Annual report of the Central Committee of the Association together with the report of the directors of the Pasteur Institute at Kasauli
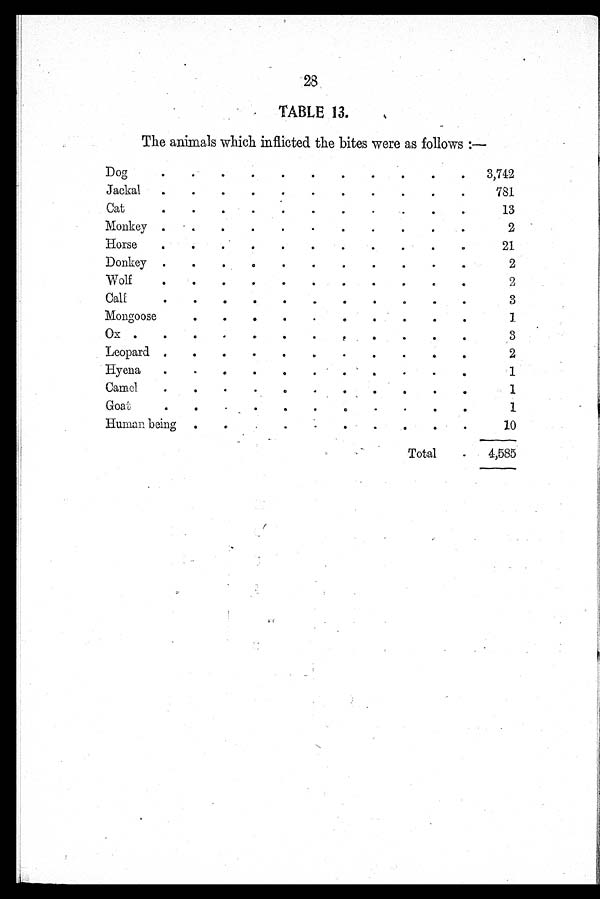
28
TABLE 13.
The animals which inflicted the bites were as follows :—
Dog
3,742
Jackal
781
Cat
13
Monkey
2
Hors e
21
Donkey
2
Wolf
2
Calf
3
Mongoose
1
Ox
3
Leopard
2
Hyena
1
Camel
1
Goat
1
Human being
10
Total
4,585